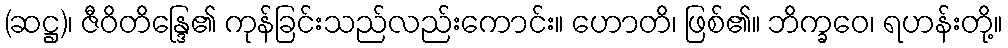
(ဆဋ္ဌ)၊ ဇီဝိတိန္ဒြေ၏ ကုန်ခြင်းသည်လည်းကောင်း။ ဟောတိ၊ ဖြစ်၏။ ဘိက္ခဝေ၊ ရဟန်းတို့။